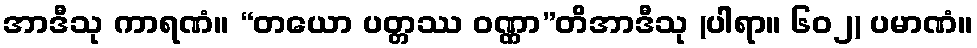
အာဒီသု ကာရဏံ။ “တယော ပတ္တဿ ဝဏ္ဏာ”တိအာဒီသု (ပါရာ။ ၆၀၂) ပမာဏံ။